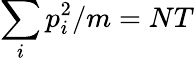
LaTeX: \sum_{i}p_{i}^{2}/m=NT